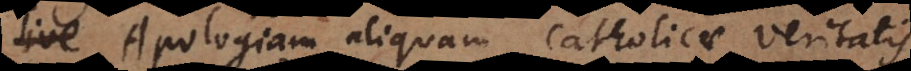
, Apologiam aliquam Catholicae veritatis